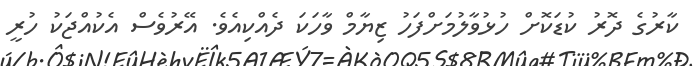
ކާރުގެ ދޮރު ކުޑަކޮށް ހުޅުވާލުމަށްފަހު ޒިޔާމް ވާހަކަ ދެއްކިއެވެ. އޭރުވެސް އެކުއްޖަކު ހުރީ